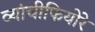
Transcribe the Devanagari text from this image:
व्यांचीफियोरे